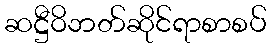
ဆဋ္ဌီဝိဘတ်ဆိုင်ရာစာစပ်